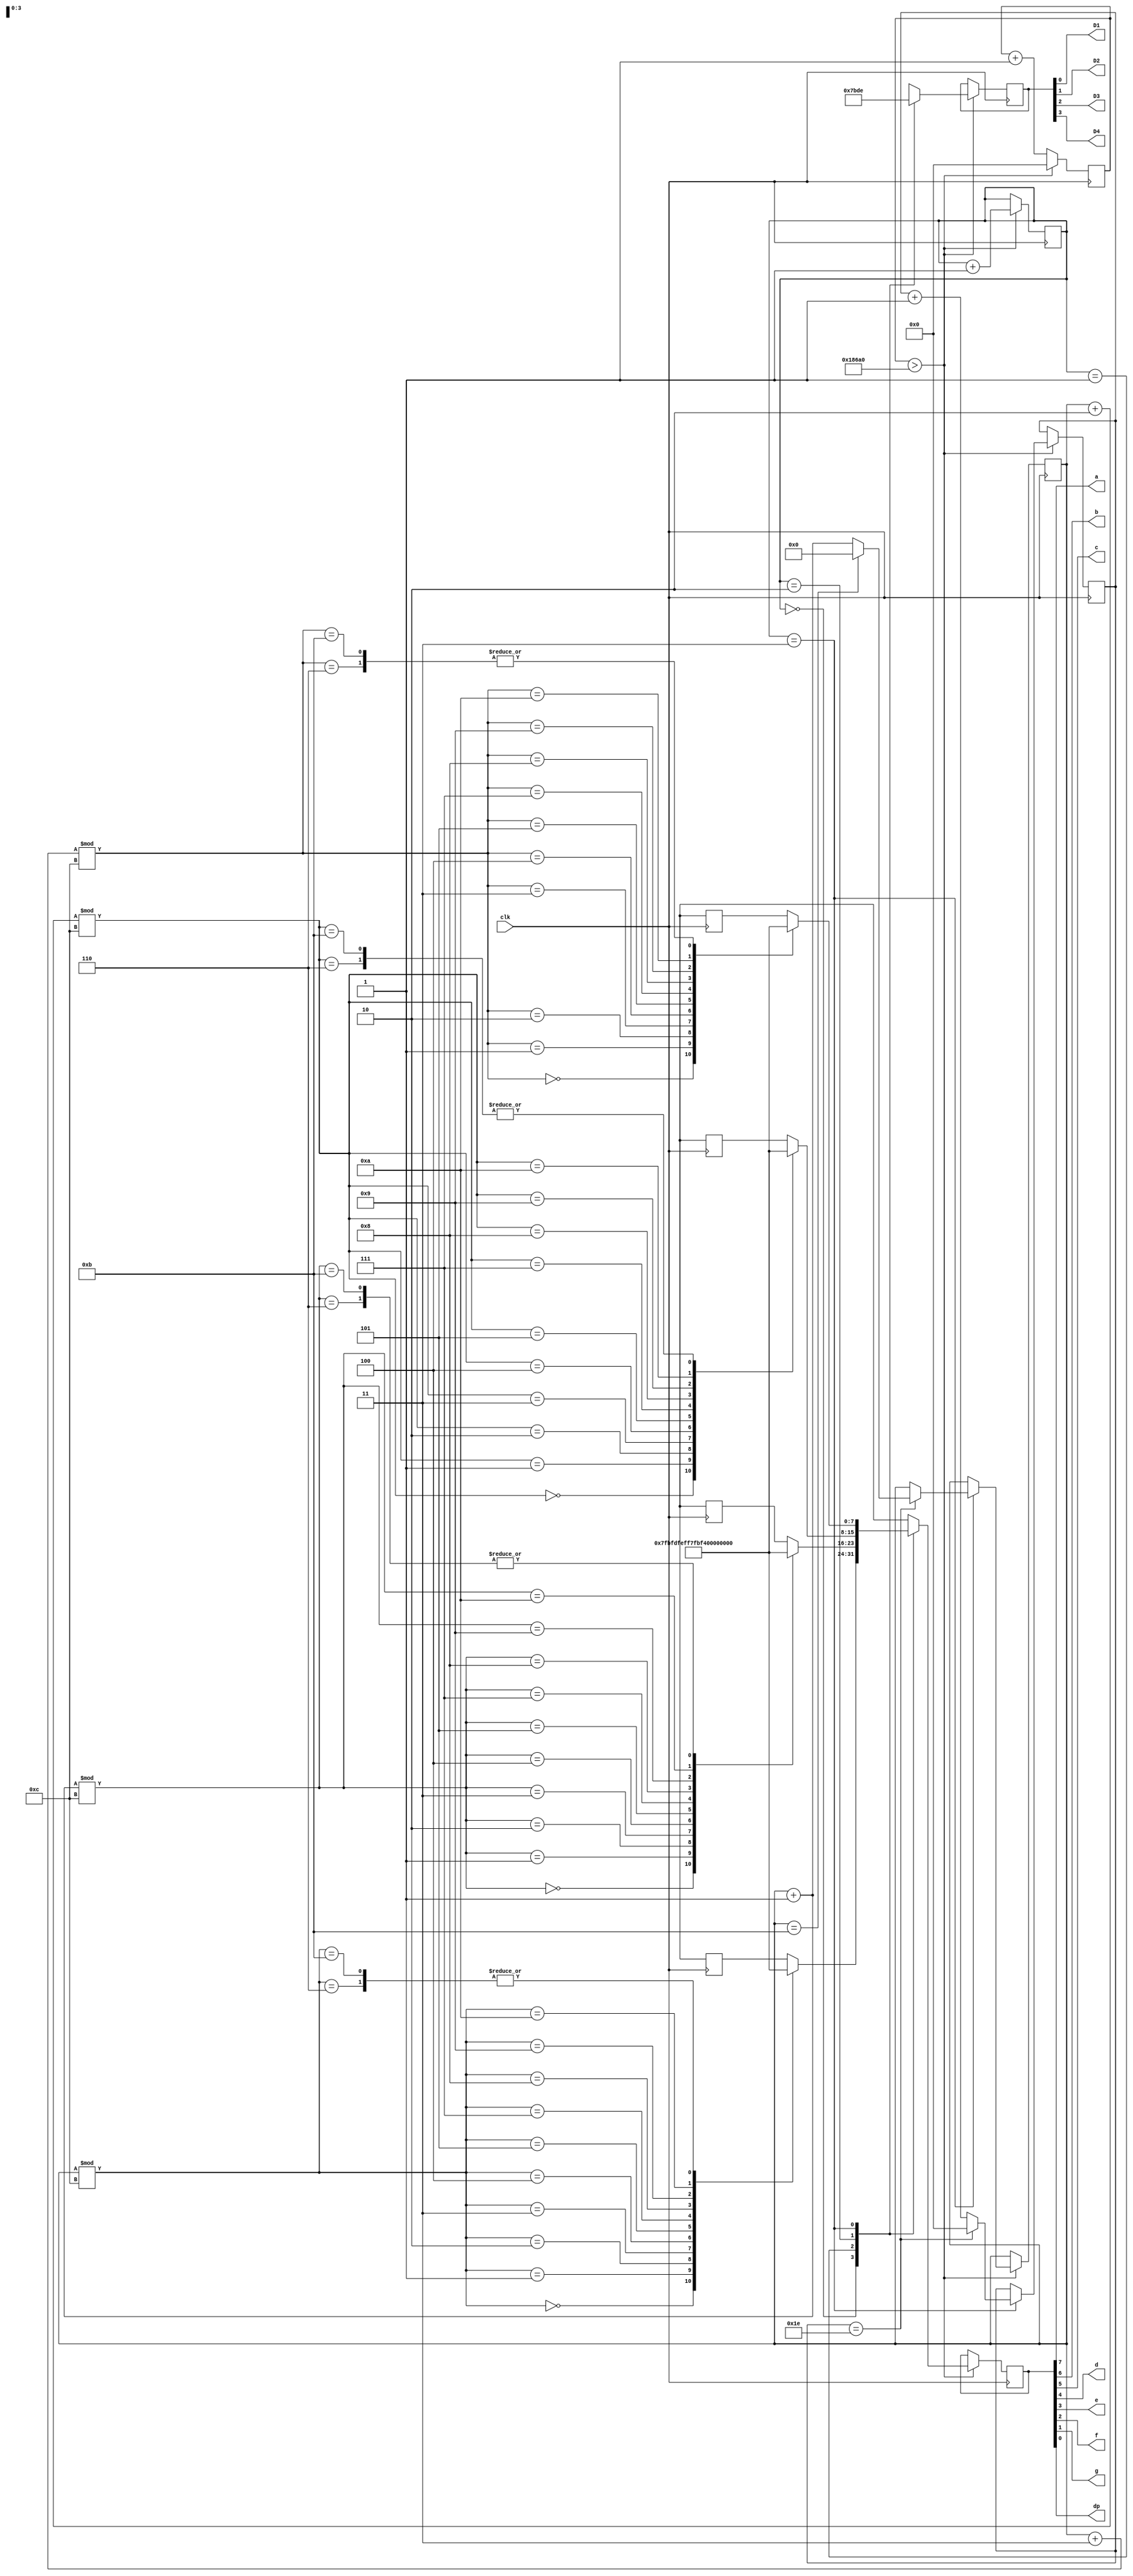
module sevenSegmentDisplayExample (
	input clk,
	output a, b, c, d, e, f, g, dp, D1, D2, D3, D4
);

reg [3:0] dig;
reg [7:0] ssd; //seven seg display
reg [31:0] cnt;
reg [31:0] cnt2;
reg [1:0] i;
reg [3:0] j;

assign {D4, D3, D2, D1} = dig[3:0];
assign {a, b, c, d, e, f, g, dp} = ssd[7:0];

function [7:0] next;
	input [3:0] v;
	begin
		case (v % 12)
			4'h0 : next = 8'b01111111;
			4'h1 : next = 8'b10111111;
			4'h2 : next = 8'b11011111;
			4'h3 : next = 8'b11101111;
			4'h4 : next = 8'b11110111;
			4'h5 : next = 8'b11111011;
			4'h6 : next = 8'b11111111;			
			4'h7 : next = 8'b11110011; // 1			
			4'h8 : next = 8'b00100101; // 2
			4'h9 : next = 8'b00001101; // 3
			4'ha : next = 8'b10011001; // 4
			4'hb : next = 8'b11111111;
		endcase		
	end
endfunction
	
always @ (posedge clk) begin
   cnt <= cnt+1;
	if(cnt > 100000) begin
		cnt <= 0;
		i <= i+1;
		case(i)
			2'b00 :	begin
							dig = 4'b0111; 
							ssd <= next(j);
						end
			2'b01 : 	begin
							dig = 4'b1011;
							ssd <= next(j+1);
						end
			2'b10 : 	begin
							dig = 4'b1101;
							ssd <= next(j+2);
						end
			2'b11 : 	begin
							dig = 4'b1110;
							ssd <= next(j+3);
							cnt2 <= cnt2 + 1;
							if (cnt2 == 30)
								begin
									cnt2 <= 0;
									j <= j+1;
									if (j==11)
										j <= 0;
								end
						end
		endcase		
	end
end

endmodule